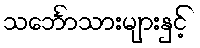
သင်္ဘောသားများနှင့်